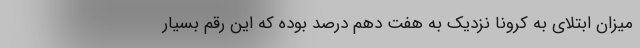
میزان ابتلای به کرونا نزدیک به هفت دهم درصد بوده که این رقم بسیار